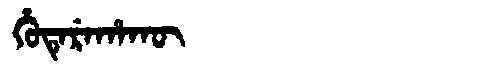
Manchu: ᡥᡠᡨᡝᡵᡝᡥᠠᡴᡡ
Romanization: HUTEREHAKŪ